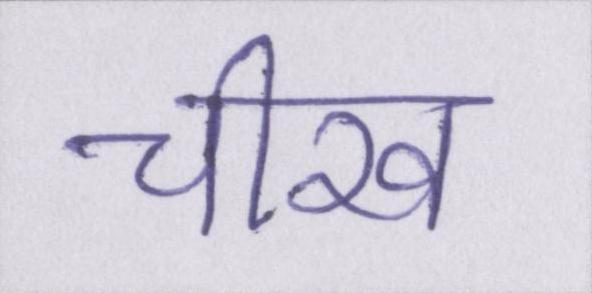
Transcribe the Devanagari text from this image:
चीख